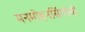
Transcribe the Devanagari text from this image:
मनमोहनसिंगांची